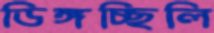
ডিঙ্গচ্ছিলি